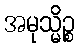
အမုသ္မိဉ္စ